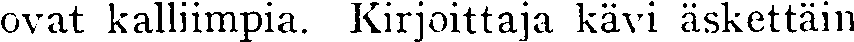
ovat kalliimpia. Kirjoittaja kävi äskettäin